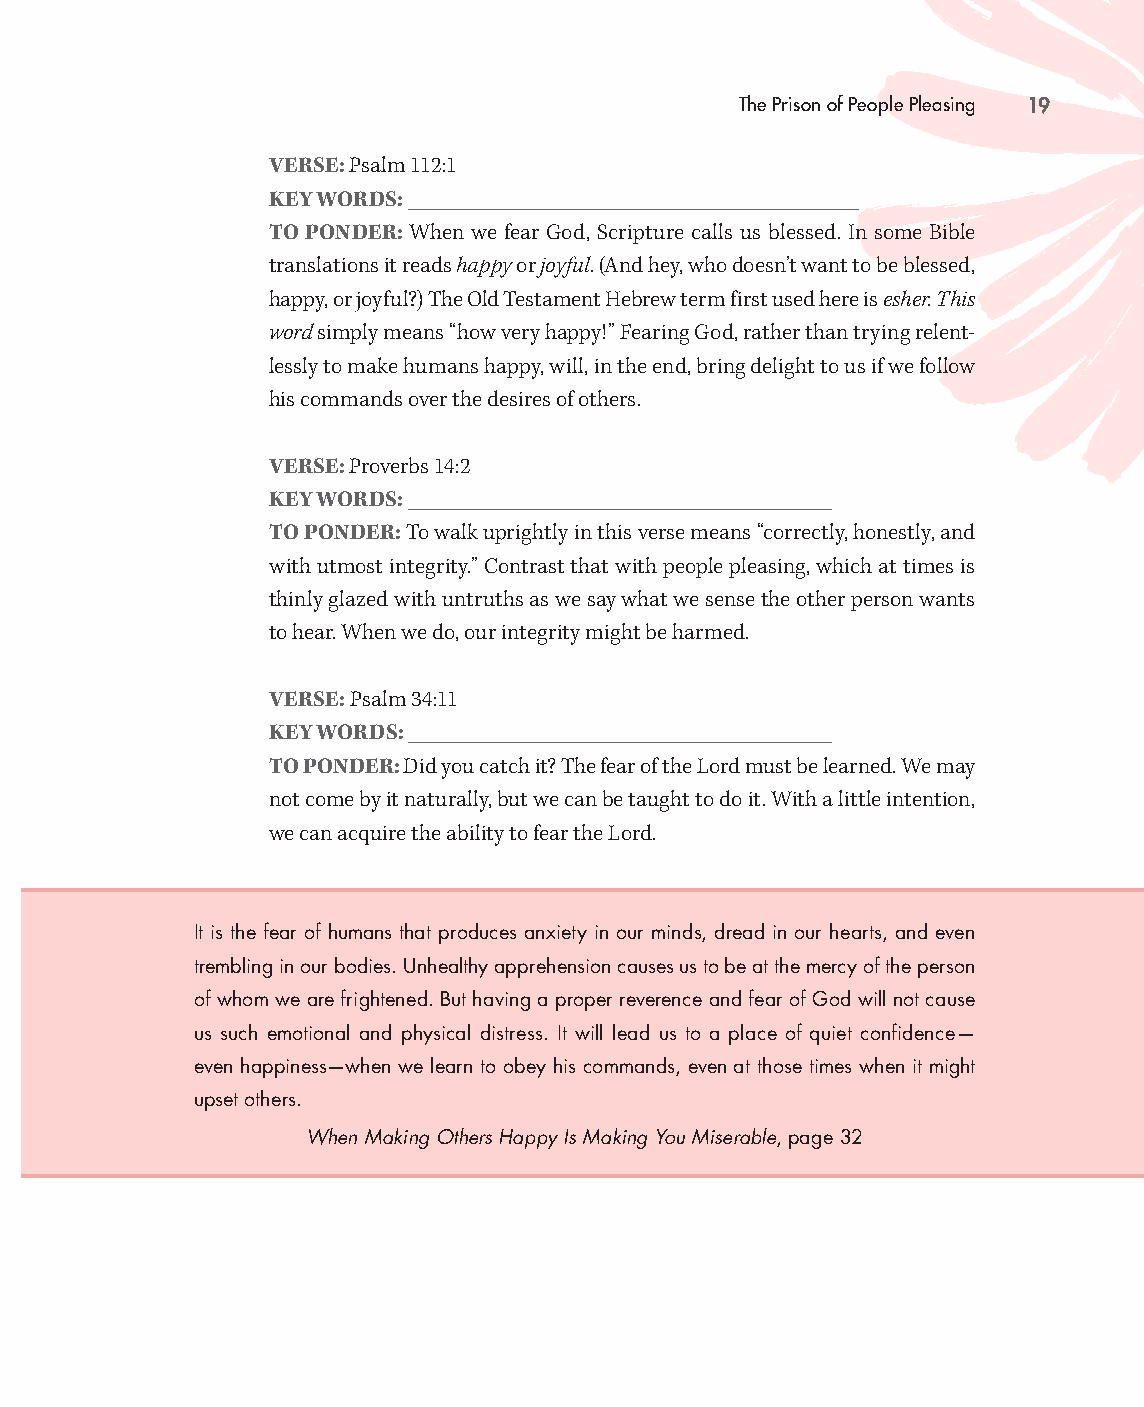
The Prison of People Pleasing 19
 VERSE: Psalm 112:1
 KEY WORDS: _________________________________________________
 TO PONDER: When we fear God, Scripture calls us blessed. In some Bible
 translations it reads happy or joyful. (And hey, who doesn’t want to be blessed,
 happy, or joyful?) The Old Testament Hebrew term first used here is esher. This
 word simply means “how very happy!” Fearing God, rather than trying relent-
 lessly to make humans happy, will, in the end, bring delight to us if we follow
 his commands over the desires of others.
 VERSE: Proverbs 14:2
 KEY WORDS: ______________________________________________
 TO PONDER: To walk uprightly in this verse means “correctly, honestly, and
 with utmost integrity.” Contrast that with people pleasing, which at times is
 thinly glazed with untruths as we say what we sense the other person wants
 to hear. When we do, our integrity might be harmed.
 VERSE: Psalm 34:11
 KEY WORDS: ______________________________________________
 TO PONDER: Did you catch it? The fear of the Lord must be learned. We may
 not come by it naturally, but we can be taught to do it. With a little intention,
 we can acquire the ability to fear the Lord.
 It is the fear of humans that produces anxiety in our minds, dread in our hearts, and even
 trembling in our bodies. Unhealthy apprehension causes us to be at the mercy of the person
 of whom we are frightened. But having a proper reverence and fear of God will not cause
 us such emotional and physical distress. It will lead us to a place of quiet confidence—
 even happiness— when we learn to obey his commands, even at those times when it might
 upset others.
 When Making Others Happy Is Making You Miserable, page 32
 99778800331100008822776677__MMaakkiinnggOOtthheerrssHHaappppyySSGG__iinntt__SSCC..iinndddd 1199 1100//1122//2211 11::1177 PPMM